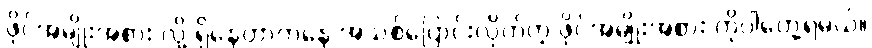
ဖိုင်အမျိုးအစား လို့ ရှိနေတာကနေ အသစ်ပြောင်းလိုက်တဲ့ ဖိုင်အမျိုးအစား ကိုပါတွေ့ရမယ်။